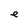
Character: e